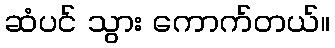
ဆံပင် သွား ကောက်တယ်။